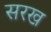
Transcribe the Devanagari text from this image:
सरख